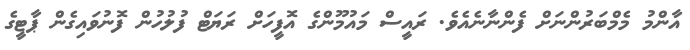
އާންމު މެމްބަރުންނަށް ފެންނާނެއެވެ. ރައީސް މައުމޫންގެ އޮފީހަށް ރަޔަޓް ފުލުހުން ފޮނުވައިގެން ޕާޓީގެ